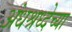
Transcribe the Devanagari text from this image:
अंधश्रध्देच्या